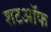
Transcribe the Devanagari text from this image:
शटऑफ